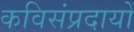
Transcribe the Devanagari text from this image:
कविसंप्रदायों